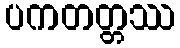
ပကတတ္တဿ